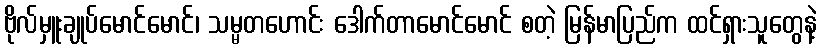
ဗိုလ်မှူးချုပ်မောင်မောင်၊ သမ္မတဟောင်း ဒေါက်တာမောင်မောင် စတဲ့ မြန်မာပြည်က ထင်ရှားသူတွေနဲ့